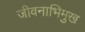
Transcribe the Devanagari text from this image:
जीवनाभिमुख